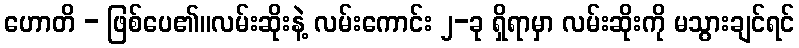
ဟောတိ - ဖြစ်ပေ၏။လမ်းဆိုးနဲ့ လမ်းကောင်း ၂-ခု ရှိရာမှာ လမ်းဆိုးကို မသွားချင်ရင်